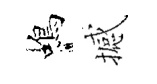
蝎撼